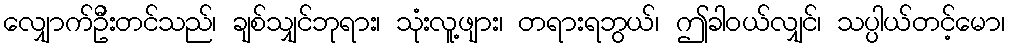
လျှောက်ဦးတင်သည်၊ ချစ်သျှင်ဘုရား၊ သုံးလူ့ဖျား၊ တရားရဘွယ်၊ ဤခါဝယ်လျှင်၊ သပ္ပါယ်တင့်မော၊